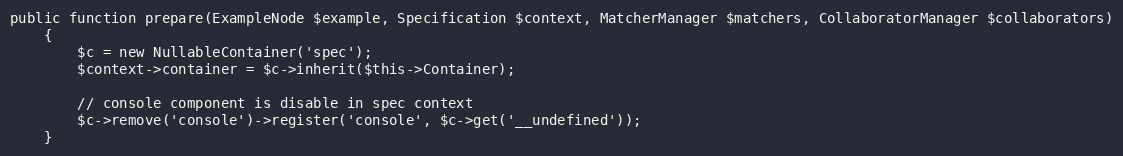
Language: PHP
public function prepare(ExampleNode $example, Specification $context, MatcherManager $matchers, CollaboratorManager $collaborators)
    {
        $c = new NullableContainer('spec');
        $context->container = $c->inherit($this->Container);

        // console component is disable in spec context
        $c->remove('console')->register('console', $c->get('__undefined'));
    }